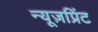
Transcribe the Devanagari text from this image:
न्यूज़प्रिंट